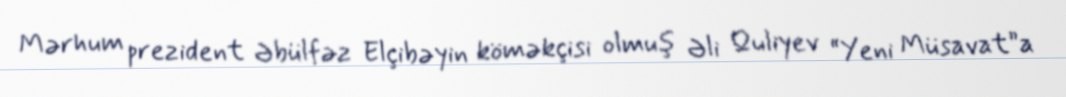
Mərhum prezident Əbülfəz Elçibəyin köməkçisi olmuş Əli Quliyev “Yeni Müsavat”a